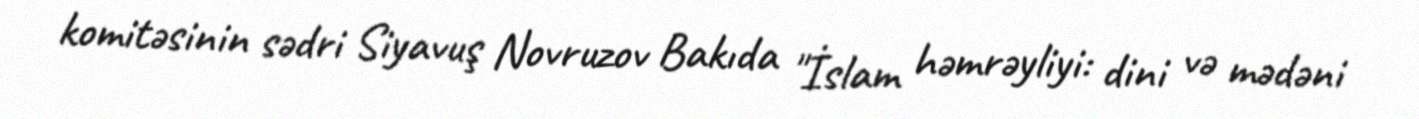
komitəsinin sədri Siyavuş Novruzov Bakıda "İslam həmrəyliyi: dini və mədəni